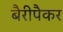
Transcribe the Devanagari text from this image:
बैरीपैकर